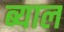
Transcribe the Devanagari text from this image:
ब्‍याल